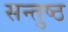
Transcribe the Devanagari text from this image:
सन्तुष्ठ